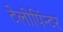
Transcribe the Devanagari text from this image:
टेलीपिंन्टर